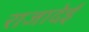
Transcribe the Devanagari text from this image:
राजादेई